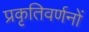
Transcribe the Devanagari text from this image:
प्रकृतिवर्णनों